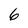
Character: 6